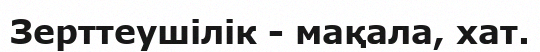
Зерттеушілік - мақала, хат.